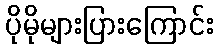
ပိုမိုများပြားကြောင်း